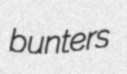
bunters